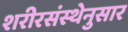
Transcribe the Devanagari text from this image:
शरीरसंस्थेनुसार